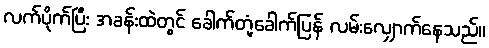
လက်ပိုက်ပြီး အခန်းထဲတွင် ခေါက်တုံ့ခေါက်ပြန် လမ်းလျှောက်နေသည်။